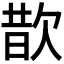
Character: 𪴮